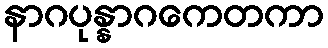
နာဂပုန္နာဂကေတကာ